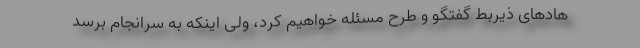
هادهای ذیربط گفتگو و طرح مسئله خواهیم کرد، ولی اینکه به سرانجام برسد